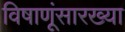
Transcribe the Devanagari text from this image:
विषाणूंसारख्या